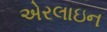
એરલાઇન